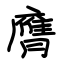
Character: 膺